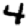
Digit: 4